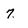
Character: 7